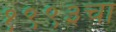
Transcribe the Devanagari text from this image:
१९९३चा